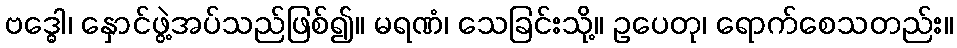
ဗဒ္ဓေါ၊ နှောင်ဖွဲ့အပ်သည်ဖြစ်၍။ မရဏံ၊ သေခြင်းသို့။ ဥပေတု၊ ရောက်စေသတည်း။